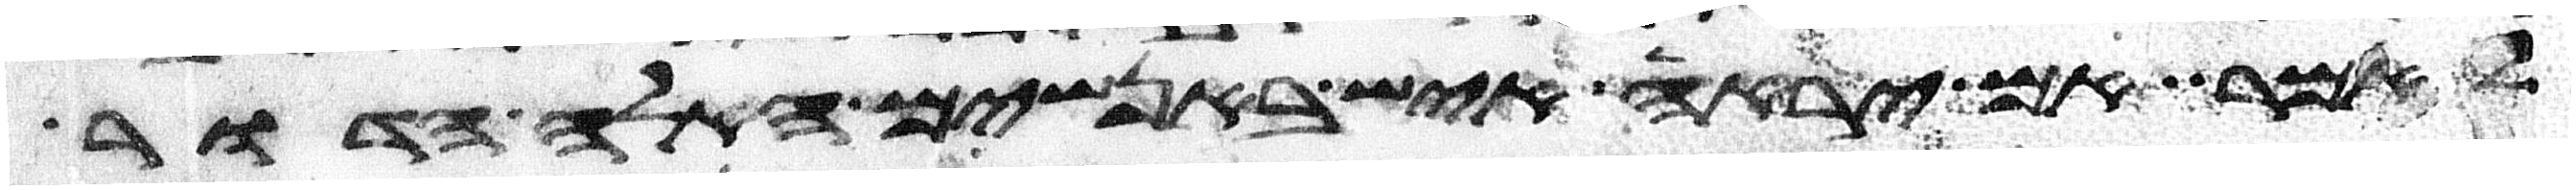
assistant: לאמר אם יראה איש באנשים האלה הדור